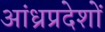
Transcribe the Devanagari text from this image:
आंध्रप्रदेशों